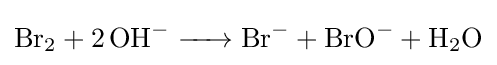
{\ce {Br2 + 2 OH- -> Br- + BrO- + H2O}}